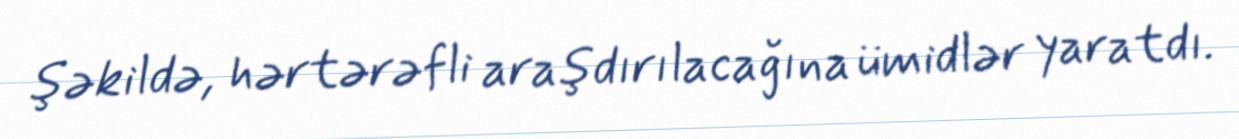
şəkildə, hərtərəfli araşdırılacağına ümidlər yaratdı.